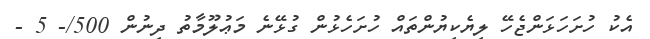
އެކު ހުށަހަޅަންޖެހޭ ލިޔެކިޔުންތައް ހުށަހެޅުން ގުޅޭނެ މަޢުލޫމާތު ދިނުން 500/- 5 -